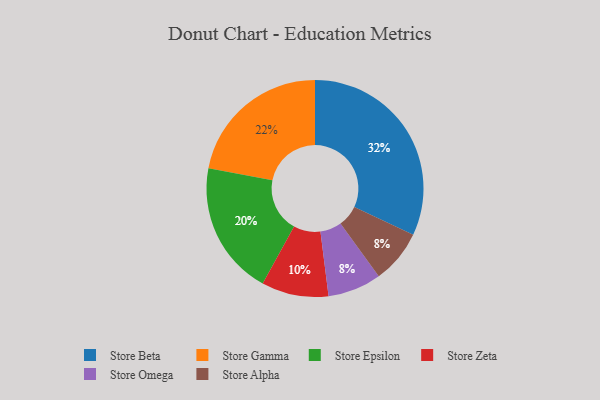
{"axis": {"x": "Category", "y": "Percentage"}, "legend": ["Store Alpha", "Store Beta", "Store Epsilon", "Store Gamma", "Store Omega", "Store Zeta"], "data": [{"x": "Store Gamma", "y": 22, "type": "Store Gamma"}, {"x": "Store Omega", "y": 8, "type": "Store Omega"}, {"x": "Store Beta", "y": 32, "type": "Store Beta"}, {"x": "Store Zeta", "y": 10, "type": "Store Zeta"}, {"x": "Store Alpha", "y": 8, "type": "Store Alpha"}, {"x": "Store Epsilon", "y": 20, "type": "Store Epsilon"}]}